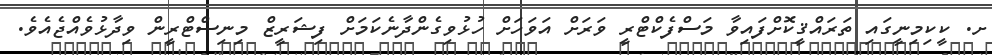
ށ. ކީކިމިނީގައި ތަރައްޤީކޮށްފައިވާ މަސްފެކްޓްރީ ވަރަށް އަވަހަށް ހުޅުވިގެންދާނެކަމަށް ފިޝަރީޒް މިނިސްޓްރީން ވިދާޅުވެއްޖެއެވެ.